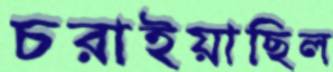
চরাইয়াছিল